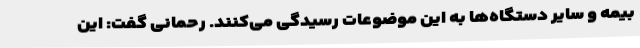
بیمه و سایر دستگاه‌ها به این موضوعات رسیدگی می‌کنند. رحمانی گفت: این